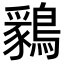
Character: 𪅊